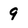
Character: 9